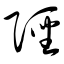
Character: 陉